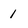
Character: I